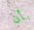
بأن